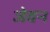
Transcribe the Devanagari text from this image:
जेवन